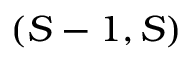
( S - 1 , S )